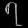
Digit: ၇